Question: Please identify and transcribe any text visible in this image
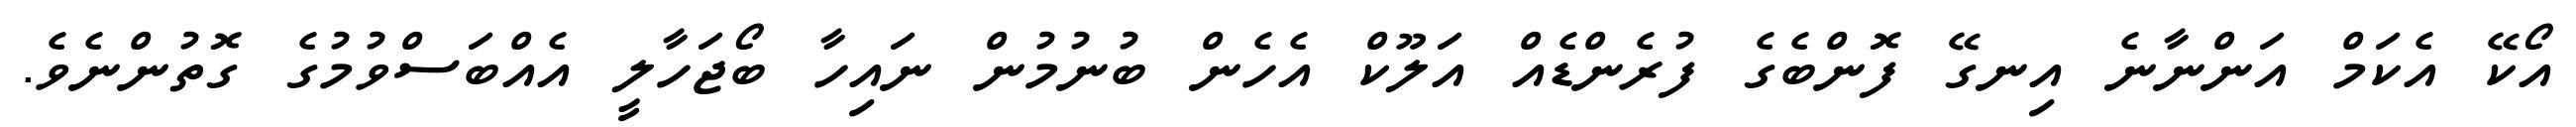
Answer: އޯކޭ އެކަމް އަންނާނެ އިނގޭ ފޮންބެގެ ފުރެންޑެއް އަލޫކް އެހެން ބުނުމުން ނައިހާ ބޯޖަހާލީ އެއްބަސްވުމުގެ ގޮތުންނެވެ.